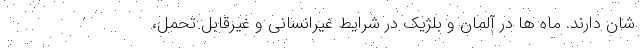
شان دارند. ماه ها در آلمان و بلژیک در شرایط غیرانسانی و غیرقابل تحمل،